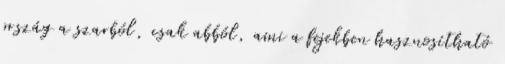
ország a szarból, csak abból, ami a fejekben hasznosítható